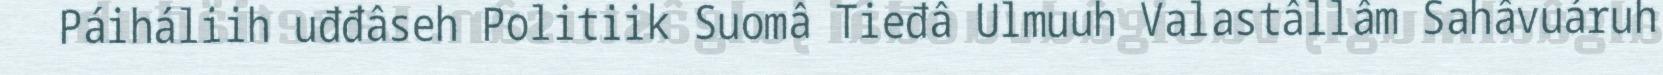
Páiháliih uđđâseh Politiik Suomâ Tieđâ Ulmuuh Valastâllâm Sahâvuáruh